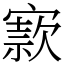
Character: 𡪡